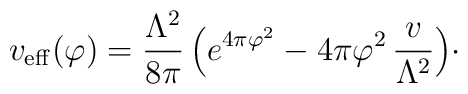
v_{\rm eff}(\varphi) = {\Lambda^{2}\over 8\pi}\, \Bigl(e^{4\pi\varphi^{2}} - 4\pi\varphi^{2}\, {v\over\Lambda^{2}}\Bigr)\cdotp